Civil Veterinary Dept. Bombay admin report 1893-99 - 1893-1899
Year: 1893
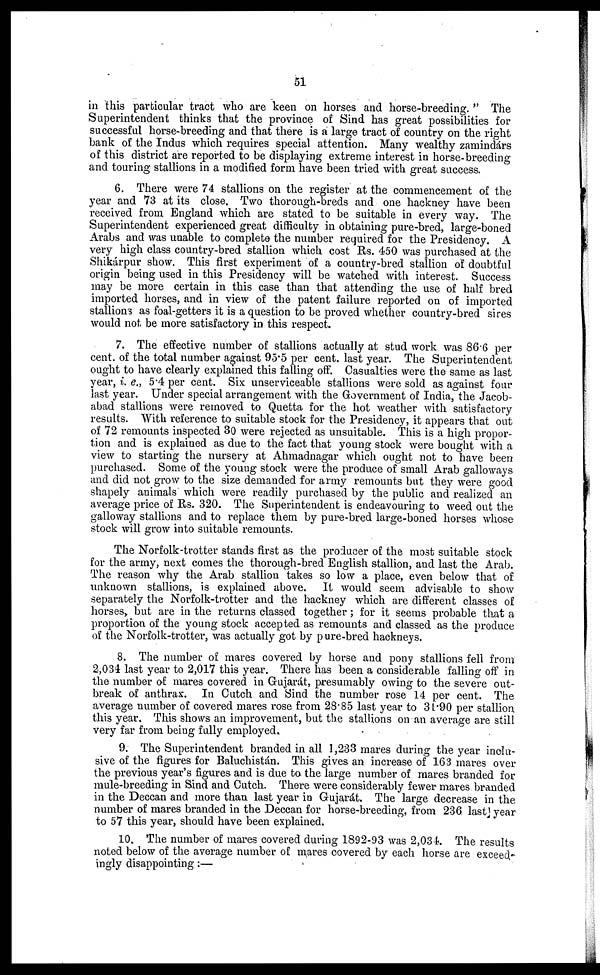
51
in this particular tract who are keen on horses and horse-breeding." The
Superintendent thinks that the province of Sind has great possibilities for
successful horse-breeding and that there is a large tract of country on the right
bank of the Indus which requires special attention. Many wealthy zamindárs
of this district are reported to be displaying extreme interest in horse-breeding
and touring stallions in a modified form have been tried with great success.
6. There were 74 stallions on the register at the commencement of the
year and 73 at its close. Two thorough-breds and one hackney have been
received from England which are stated to be suitable in every way. The
Superintendent experienced great difficulty in obtaining pure-bred, large-boned
Arabs and was unable to complete the number required for the Presidency. A
very high class country-bred stallion which cost Rs. 450 was purchased at the
Shikárpur show. This first experiment of a country-bred stallion of doubtful
origin being used in this Presidency will be watched with interest. Success
may be more certain in this case than that attending the use of half bred
imported horses, and in view of the patent failure reported on of imported
stallions as foal-getters it is a question to be proved whether country-bred sires
would not be more satisfactory in this respect.
7. The effective number of stallions actually at stud work was 86.6 per
cent. of the total number against 95.5 per cent. last year. The Superintendent
ought to have clearly explained this falling off. Casualties were the same as last
year, i. e., 5.4 per cent. Six unserviceable stallions were sold as against four
last year. Under special arrangement with the Government of India, the Jacob-
abad stallions were removed to Quetta for the hot weather with satisfactory
results. With reference to suitable stock for the Presidency, it appears that out
of 72 remounts inspected 30 were rejected as unsuitable. This is a high propor-
tion and is explained as due to the fact that young stock were bought with a
view to starting the nursery at Ahmadnagar which ought not to have been
purchased. Some of the young stock were the produce of small Arab galloways
and did not grow to the size demanded for army remounts but they were good
shapely animals which were readily purchased by the public and realized an
average price of Rs. 320. The Superintendent is endeavouring to weed out the
galloway stallions and to replace them by pure-bred large-boned horses whose
stock will grow into suitable remounts.
The Norfolk-trotter stands first as the producer of the most suitable stock
for the army, next comes the thorough-bred English stallion, and last the Arab.
The reason why the Arab stallion takes so low a place, even below that of
unknown stallions, is explained above. It would seem advisable to show
separately the Norfolk-trotter and the hackney which are different classes of
horses, but are in the returns classed together; for it seems probable that a
proportion of the young stock accepted as remounts and classed as the produce
of the Norfolk-trotter, was actually got by pure-bred hackneys.
8. The number of mares covered by horse and pony stallions fell from
2,034 last year to 2,017 this year. There has been a considerable falling off in
the number of mares covered in Gujarát, presumably owing to the severe out-
break of anthrax. In Cutch and Sind the number rose 14 per cent. The
average number of covered mares rose from 28.85 last year to 31.90 per stallion
this year. This shows an improvement, but the stallions on an average are still
very far from being fully employed.
9. The Superintendent branded in all 1,233 mares during the year inclu-
sive of the figures for Baluchistán. This gives an increase of 163 mares over
the previous year's figures and is due to the large number of mares branded for
mule-breeding in Sind and Cutch. There were considerably fewer mares branded
in the Deccan and more than last year in Gujarát. The large decrease in the
number of mares branded in the Deccan for horse-breeding, from 236 last year
to 57 this year, should have been explained.
10. The number of mares covered during 1892-93 was 2,034. The results
noted below of the average number of mares covered by each horse are exceed-
ingly disappointing:—